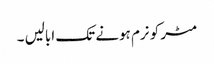
مٹر کو نرم ہونے تک ابالیں ۔